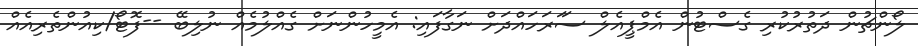
ލޯންޗުން ދަތުރުކުރި ގެސްޓުން އެމްޕީއެލް ސަަރަހައްދަށް ނަގާފައި: އެމީހުންނަށް ގެއްލުމެއް ނުލިބޭ --ފޮޓޯ/ކިއުންތެރިއެއް